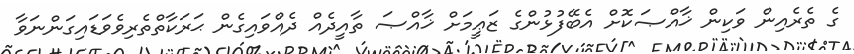
ގެ ތެރެއިން ވަކިން ޚާއްޞަކޮށް އެބޭފުޅުންގެ ޒަޢީމަށް ޚާއްޞަ ތާއީދެއް ދެއްވައިގެން ޙަރަކާތްތެރިވެވަޑައިގަންނަވާ